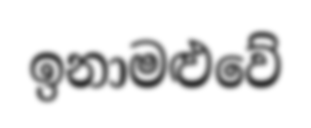
ඉනාමළුවේ